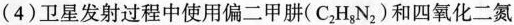
(4)卫星发射过程中使用偏二甲肼(C_{2} H_{8}N_{2})和四氧化二氮